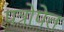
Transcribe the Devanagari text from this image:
पत्रोपेत